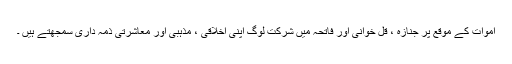
اموات کے موقع پر جنازہ ، قل خوانی اور فاتحہ میں شرکت لوگ اپنی اخلاقی ، مذہبی اور معاشرتی ذمہ داری سمجھتے ہیں ۔